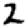
Digit: 2